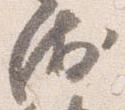
衛